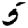
Digit: 5